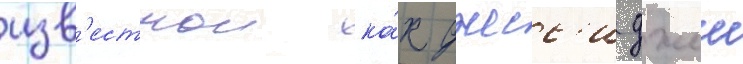
изв'естнои ка́к джесс'и джеи